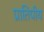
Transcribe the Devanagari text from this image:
प्रातिपीय